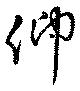
仰